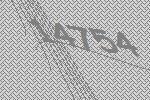
14754